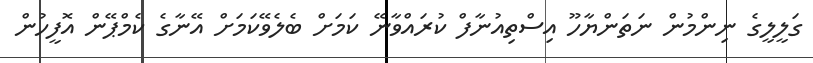
ގަލީލީގެ ނިންމުން ނަތަންޔާހޫ އިސްތިއުނާފް ކުރައްވާނޭ ކަމަށް ބެލެވޭކަމަށް އޭނާގެ ކެމްޕޭން އޮފީހުން